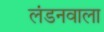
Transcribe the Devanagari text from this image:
लंडनवाला